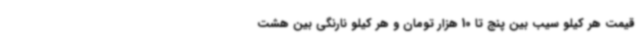
قیمت هر کیلو سیب بین پنج تا 10 هزار تومان و هر کیلو نارنگی بین هشت